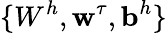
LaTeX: \{ W^{h},\textbf{w}^{\tau},\textbf{b}^{h}\}